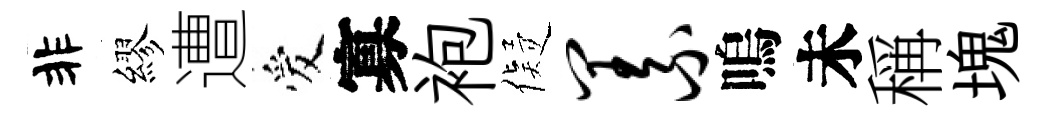
非繆遭爱寡袍儗义嗚未稱塊